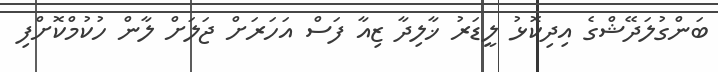
ބަންގުލަދޭޝްގެ އިދިކޮޅު ލީޑަރު ޚާލިދާ ޒިއާ ފަސް އަހަރަށް ޖަލަށް ލާން ހުކުމްކޮށްފި